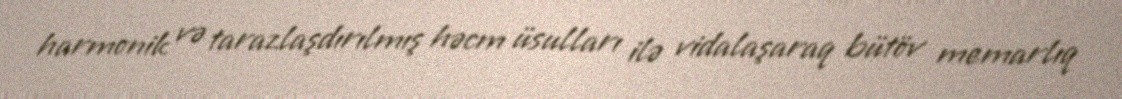
harmonik və tarazlaşdırılmış həcm üsulları ilə vidalaşaraq bütöv memarlıq